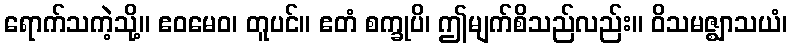
ရောက်သကဲ့သို့။ ဧဝမေဝ၊ တူပင်။ ဧတံ စက္ခုပိ၊ ဤမျက်စိသည်လည်း။ ဝိသမဇ္ဈာသယံ၊